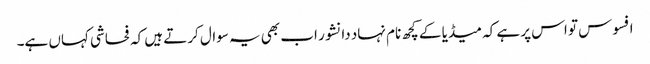
افسوس تو اس پر ہے کہ میڈیا کے کچھ نام نہاد دانشور اب بھی یہ سوال کرتے ہیں کہ فحاشی کہاں ہے۔